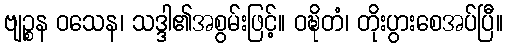
ဗျဉ္စန ဝသေန၊ သဒ္ဒါ၏အစွမ်းဖြင့်။ ဝဍ္ဎိတံ၊ တိုးပွားစေအပ်ပြီ။